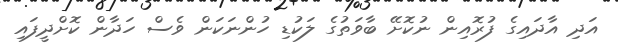
އަދި އާދައިގެ ފުރޮއިން ނުކޮށޭ ބާވަތުގެ ލަކުޑި ހުންނަކަން ވެސް ހަދާން ކޮށްދީފައި